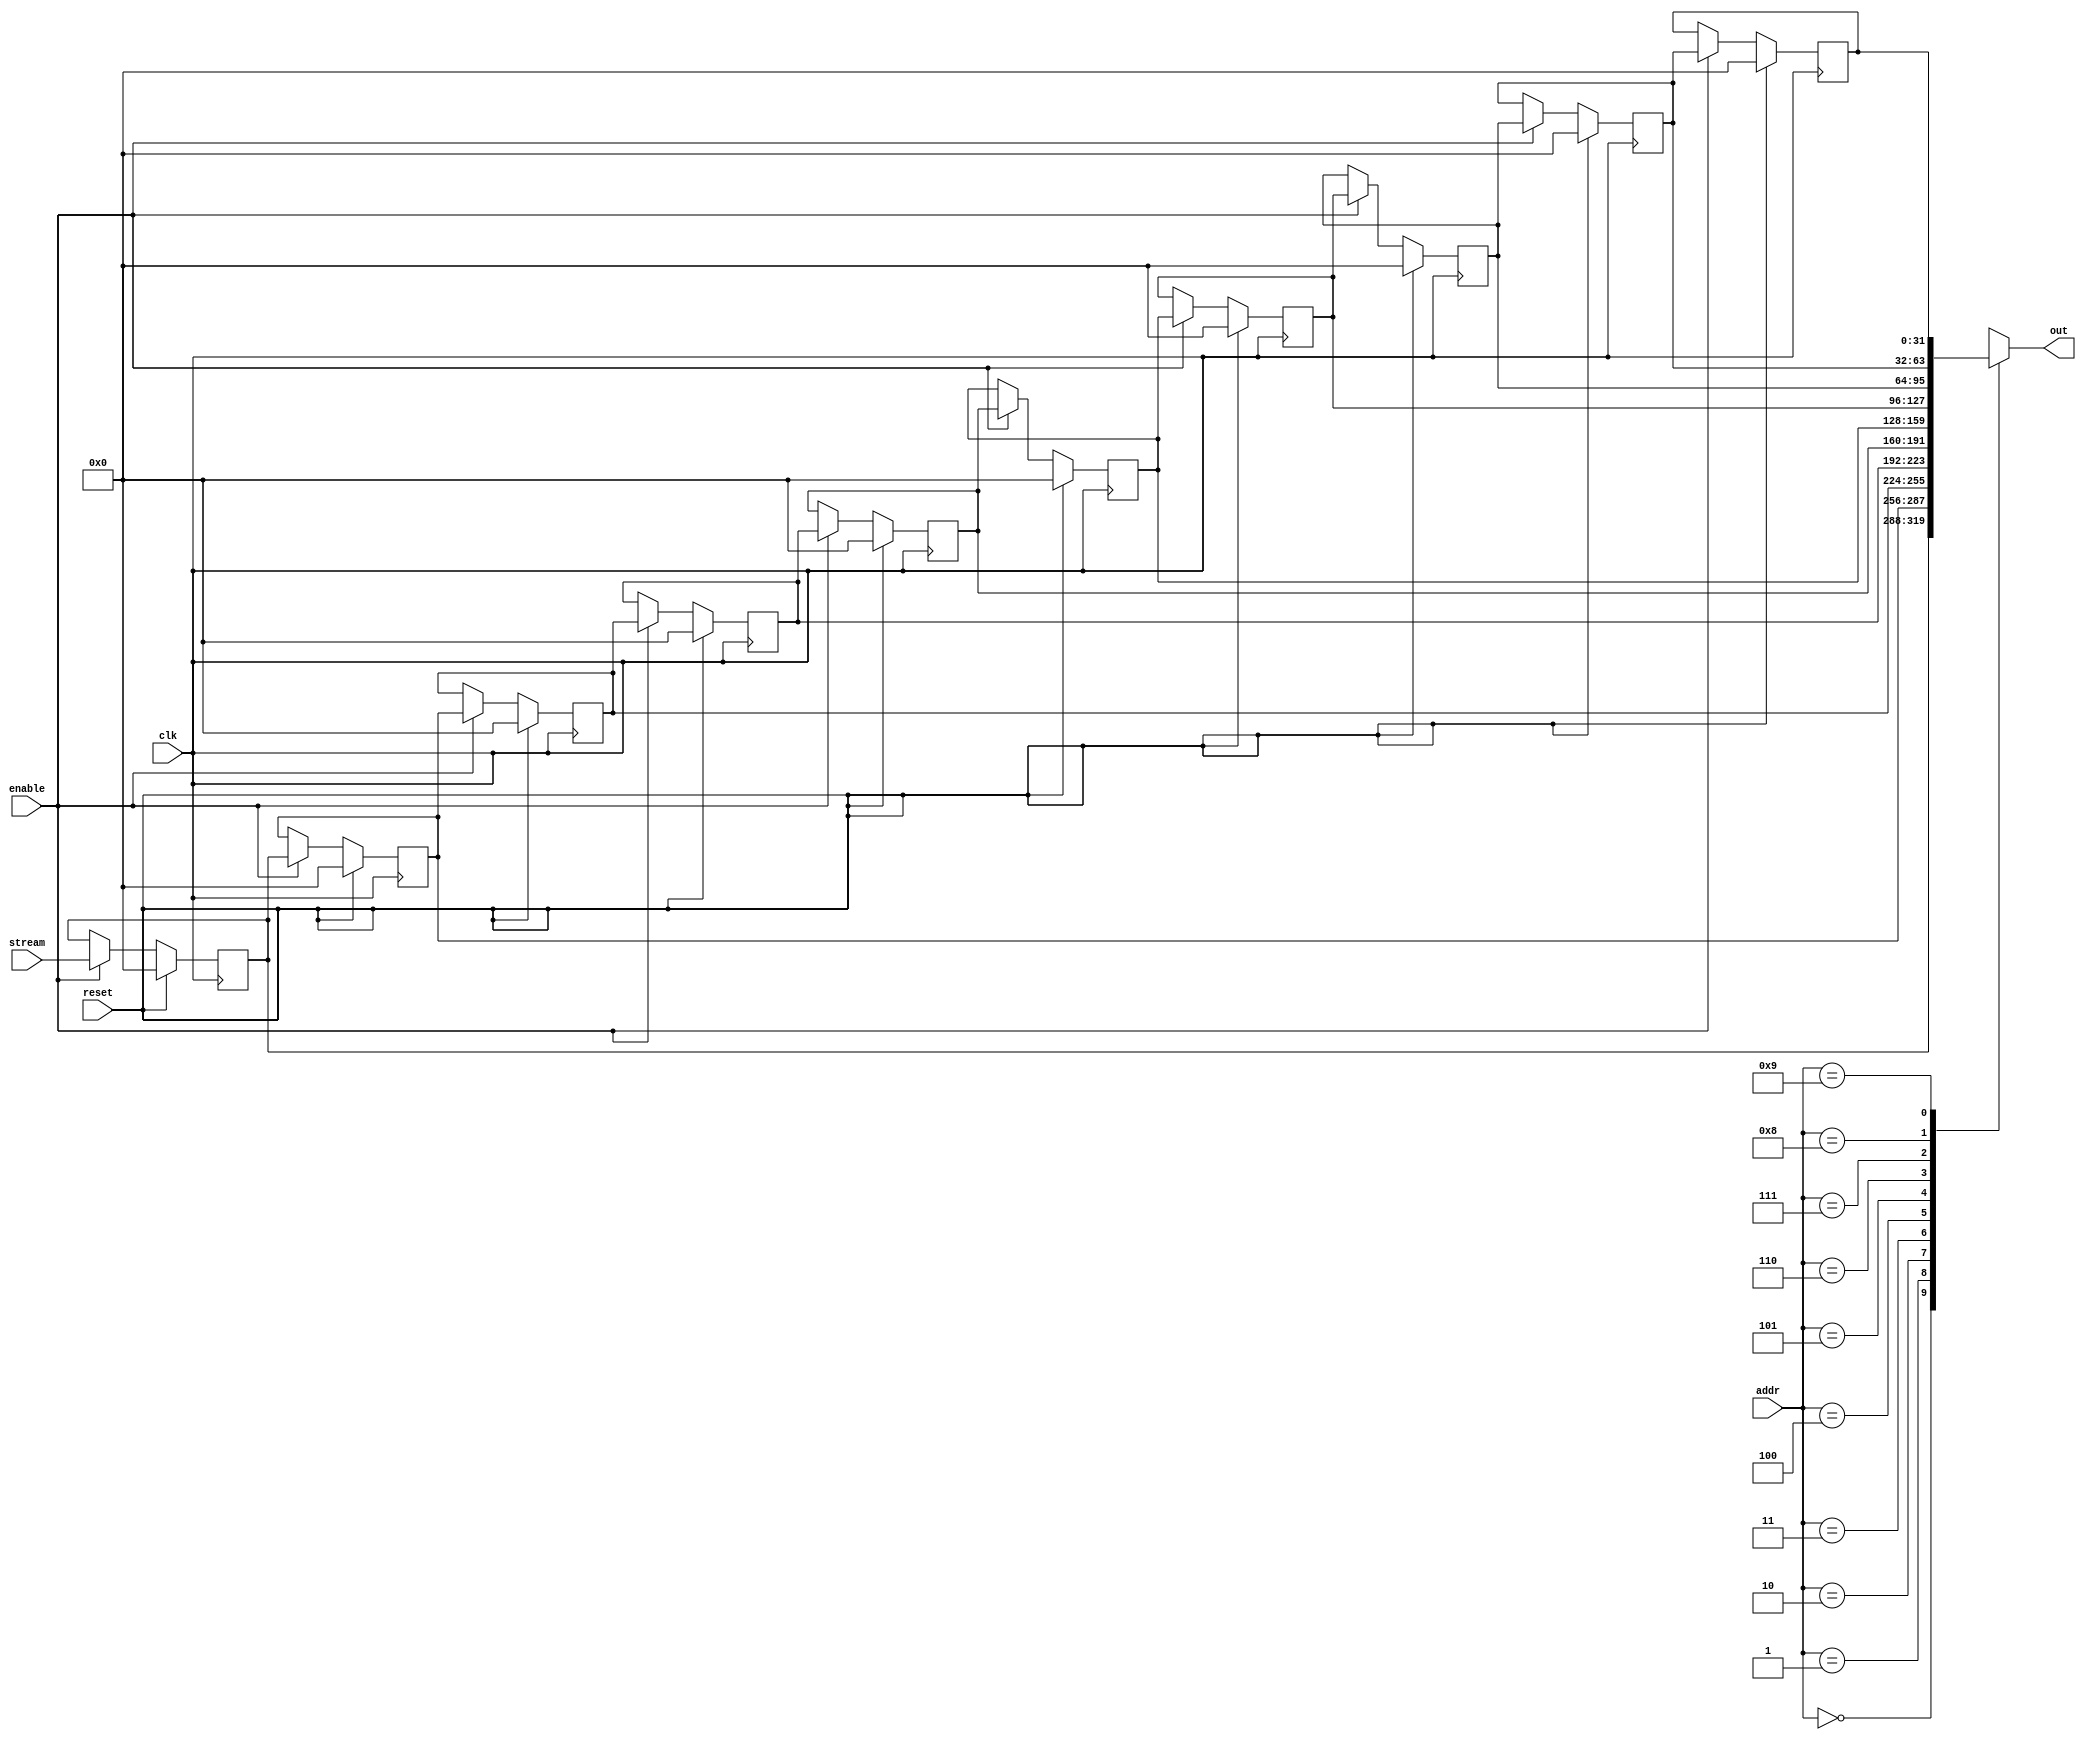
`timescale 1ns / 1ps

module Memory_serial_load(
		clk, 
		reset,
		enable,

		stream,
		addr,

		out
    );

	parameter width = 32;
	parameter length = 10;
	parameter addr_size = $clog2(length);

	input clk;
	input reset;
	input enable;

	input [width-1 : 0] stream;
	input [addr_size-1 : 0] addr;

	output [width-1 : 0] out;

	reg [width-1 : 0] mem [length-1 : 0];

	integer i;
	always @(posedge clk) begin
		if (reset) begin
			for (i = 0; i < length; i = i + 1)begin
				mem[i] <= {width{1'b0}};
			end
		end
		else if (enable) begin 
			mem[0] <= stream;
			for (i = 1; i < length; i = i + 1)begin
				mem[i] <= mem[i-1];
			end
		end
	end

	assign out = mem[addr];
	
endmodule